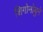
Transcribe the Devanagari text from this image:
शिगोनोबुने